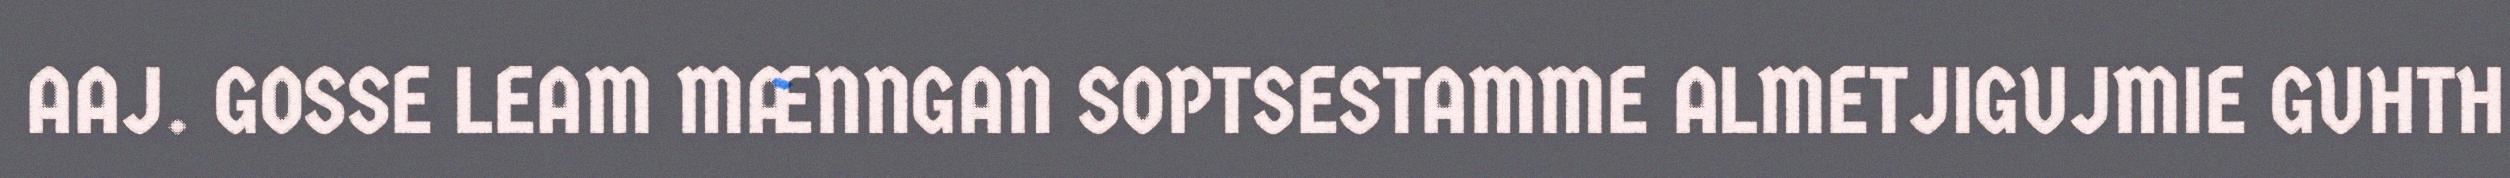
AAJ. GOSSE LEAM MÆNNGAN SOPTSESTAMME ALMETJIGUJMIE GUHTH